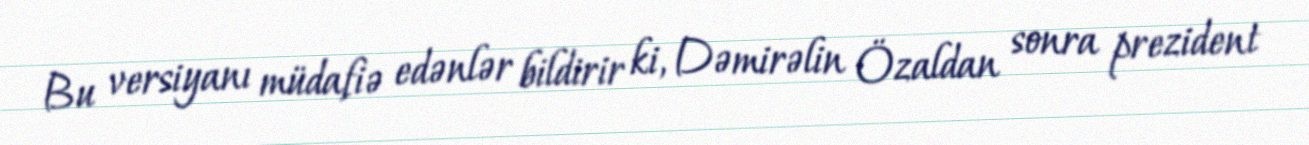
Bu versiyanı müdafiə edənlər bildirir ki, Dəmirəlin Özaldan sonra prezident